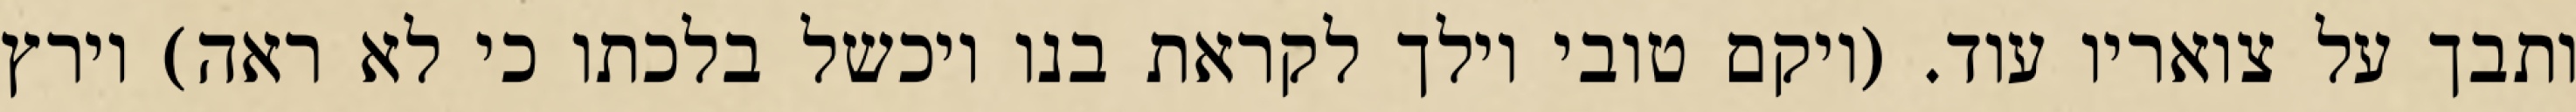
ותבך על צואריו עוד. (ויקם טובי וילך לקראת בנו ויכשל בלכתו כי לא ראה) וירץ